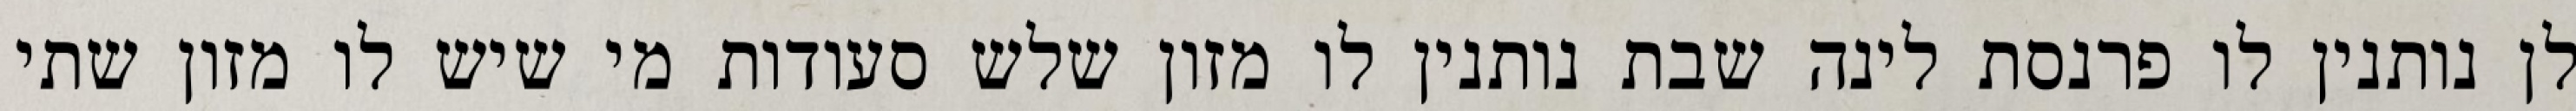
לן נותנין לו פרנסת לינה שבת נותנין לו מזון שלש סעודות מי שיש לו מזון שתי